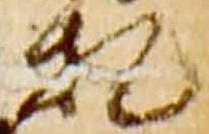
札